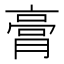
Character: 膏